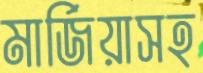
মার্জিয়াসহ